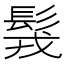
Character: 䯷